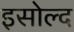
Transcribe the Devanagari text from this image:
इसोल्द